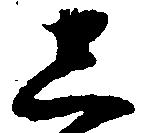
し